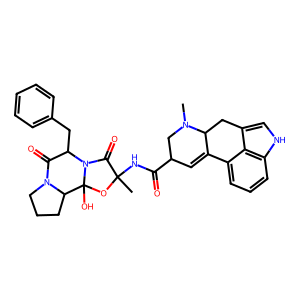
SMILES: CN1CC(C(=O)NC2(C)OC3(O)C4CCCN4C(=O)C(Cc4ccccc4)N3C2=O)C=C2c3cccc4[nH]cc(c34)CC21
Inhibits HIV replication: No